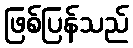
ဖြစ်ပြန်သည်